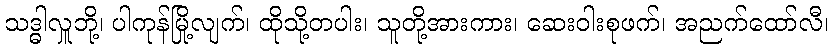
သဒ္ဓါလှူဘို့၊ ပါကုန်မြို့လျက်၊ ထိုသို့တပါး၊ သူတို့အားကား၊ ဆေးဝါးစုဖက်၊ အညက်ထော်လီ၊